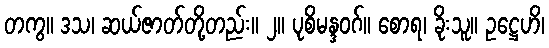
တကွ။ ဒသ၊ ဆယ်ဇာတ်တို့တည်း။ ၂။ ပုစိမန္ဒဝဂ်။ စောရ၊ ခိုးသူ။ ဥဋ္ဌေဟိ၊